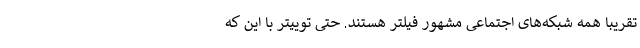
تقریبا همه شبکه‌های اجتماعی مشهور فیلتر هستند. حتی توییتر با این که